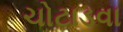
ચોટાડવા